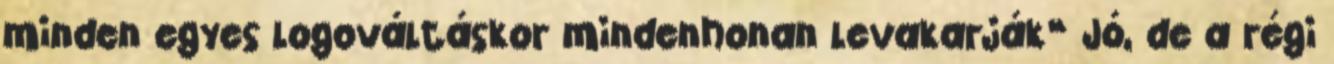
minden egyes logováltáskor mindenhonan levakarják” Jó, de a régi